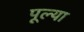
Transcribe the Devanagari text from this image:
पूल्या